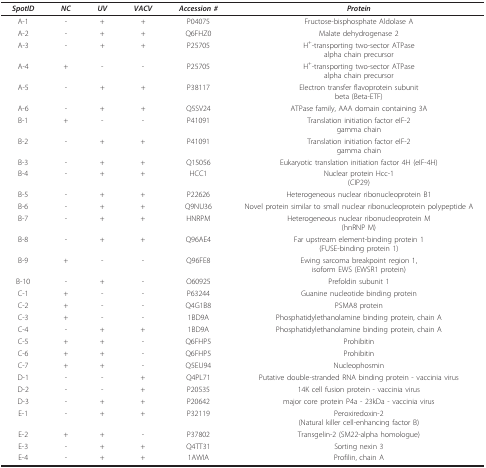
<table><thead><tr><td><b><i>SpotID</i></b></td><td><b><i>NC</i></b></td><td><b><i>UV</i></b></td><td><b><i>VACV</i></b></td><td><b><i>Accession #</i></b></td><td><b><i>Protein</i></b></td></tr></thead><tbody><tr><td>A-1</td><td>-</td><td>+</td><td>+</td><td>P04075</td><td>Fructose-bisphosphate Aldolase A</td></tr><tr><td>A-2</td><td>-</td><td>+</td><td>+</td><td>Q6FHZ0</td><td>Malate dehydrogenase 2</td></tr><tr><td>A-3</td><td>-</td><td>+</td><td>+</td><td>P25705</td><td>H<sup>+</sup>-transporting two-sector ATPasealpha chain precursor</td></tr><tr><td>A-4</td><td>+</td><td>-</td><td>-</td><td>P25705</td><td>H<sup>+</sup>-transporting two-sector ATPasealpha chain precursor</td></tr><tr><td>A-5</td><td>-</td><td>+</td><td>+</td><td>P38117</td><td>Electron transfer flavoprotein subunitbeta (Beta-ETF)</td></tr><tr><td>A-6</td><td>-</td><td>+</td><td>+</td><td>Q5SV24</td><td>ATPase family, AAA domain containing 3A</td></tr><tr><td>B-1</td><td>+</td><td>-</td><td>-</td><td>P41091</td><td>Translation initiation factor eIF-2gamma chain</td></tr><tr><td>B-2</td><td>-</td><td>+</td><td>+</td><td>P41091</td><td>Translation initiation factor eIF-2gamma chain</td></tr><tr><td>B-3</td><td>-</td><td>+</td><td>+</td><td>Q15056</td><td>Eukaryotic translation initiation factor 4H (eIF-4H)</td></tr><tr><td>B-4</td><td>-</td><td>+</td><td>+</td><td>HCC1</td><td>Nuclear protein Hcc-1(CIP29)</td></tr><tr><td>B-5</td><td>-</td><td>+</td><td>+</td><td>P22626</td><td>Heterogeneous nuclear ribonucleoprotein B1</td></tr><tr><td>B-6</td><td>-</td><td>+</td><td>+</td><td>Q9NU36</td><td>Novel protein similar to small nuclear ribonucleoprotein polypeptide A</td></tr><tr><td>B-7</td><td>-</td><td>+</td><td>+</td><td>HNRPM</td><td>Heterogeneous nuclear ribonucleoprotein M(hnRNP M)</td></tr><tr><td>B-8</td><td>-</td><td>+</td><td>+</td><td>Q96AE4</td><td>Far upstream element-binding protein 1(FUSE-binding protein 1)</td></tr><tr><td>B-9</td><td>+</td><td>-</td><td>-</td><td>Q96FE8</td><td>Ewing sarcoma breakpoint region 1,isoform EWS (EWSR1 protein)</td></tr><tr><td>B-10</td><td>-</td><td>+</td><td>-</td><td>O60925</td><td>Prefoldin subunit 1</td></tr><tr><td>C-1</td><td>+</td><td>-</td><td>-</td><td>P63244</td><td>Guanine nucleotide binding protein</td></tr><tr><td>C-2</td><td>+</td><td>-</td><td>-</td><td>Q4G1B8</td><td>PSMA8 protein</td></tr><tr><td>C-3</td><td>+</td><td>-</td><td>-</td><td>1BD9A</td><td>Phosphatidylethanolamine binding protein, chain A</td></tr><tr><td>C-4</td><td>-</td><td>+</td><td>+</td><td>1BD9A</td><td>Phosphatidylethanolamine binding protein, chain A</td></tr><tr><td>C-5</td><td>+</td><td>+</td><td>-</td><td>Q6FHP5</td><td>Prohibitin</td></tr><tr><td>C-6</td><td>+</td><td>+</td><td>-</td><td>Q6FHP5</td><td>Prohibitin</td></tr><tr><td>C-7</td><td>+</td><td>+</td><td>-</td><td>Q5EU94</td><td>Nucleophosmin</td></tr><tr><td>D-1</td><td>-</td><td>-</td><td>+</td><td>Q4PL71</td><td>Putative double-stranded RNA binding protein - vaccinia virus</td></tr><tr><td>D-2</td><td>-</td><td>-</td><td>+</td><td>P20535</td><td>14K cell fusion protein - vaccinia virus</td></tr><tr><td>D-3</td><td>-</td><td>+</td><td>+</td><td>P20642</td><td>major core protein P4a - 23kDa - vaccinia virus</td></tr><tr><td>E-1</td><td>-</td><td>+</td><td>+</td><td>P32119</td><td>Peroxiredoxin-2(Natural killer cell-enhancing factor B)</td></tr><tr><td>E-2</td><td>+</td><td>+</td><td>-</td><td>P37802</td><td>Transgelin-2 (SM22-alpha homologue)</td></tr><tr><td>E-3</td><td>-</td><td>+</td><td>+</td><td>Q4TT31</td><td>Sorting nexin 3</td></tr><tr><td>E-4</td><td>-</td><td>+</td><td>+</td><td>1AWIA</td><td>Profilin, chain A</td></tr></tbody></table>